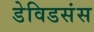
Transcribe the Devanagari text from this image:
डेविडसंस